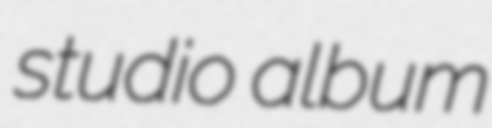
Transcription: studio album